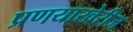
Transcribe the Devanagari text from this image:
प्रणयाखेरीज